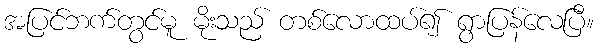
အပြင်ဘက်တွင်မူ မိုးသည် တစ်လောထပ်၍ ရွာပြန်လေပြီ။